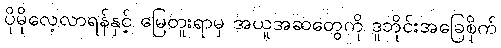
ပိုမိုလေ့လာရန်နှင့် မြေတူးရာမှ အယူအဆတွေကို ဒူဘိုင်းအခြေစိုက်